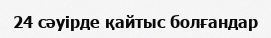
24 сәуірде қайтыс болғандар